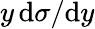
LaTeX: y\, \mathrm{d}\sigma/\mathrm{d}y